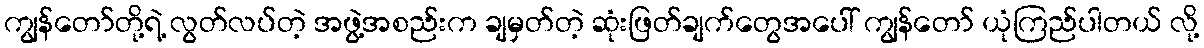
ကျွန်တော်တို့ရဲ့ လွတ်လပ်တဲ့ အဖွဲ့အစည်းက ချမှတ်တဲ့ ဆုံးဖြတ်ချက်တွေအပေါ် ကျွန်တော် ယုံကြည်ပါတယ် လို့